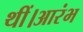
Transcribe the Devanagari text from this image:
थीं।आरंभ